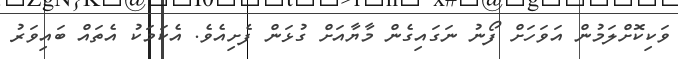
ވަކިކޮށްލަމުން އަވަހަށް ފޯނު ނަގައިގެން މާޔާއަށް ގުޅަން ފެށިއެވެ. އެކަމަކު އެތައް ބައިވަރު